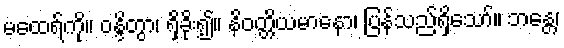
မထေရ်ကို။ ဝန္ဒိတွာ၊ ရှိခိုး၍။ နိဝတ္တိယမာနော၊ ပြန်သည်ရှိသော်။ ဘန္တေ၊